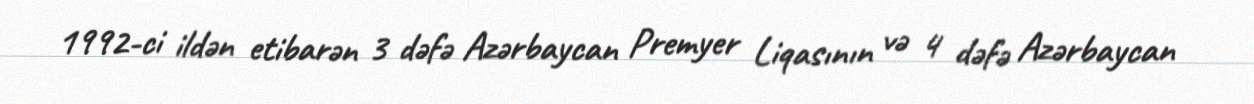
1992-ci ildən etibarən 3 dəfə Azərbaycan Premyer Liqasının və 4 dəfə Azərbaycan